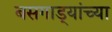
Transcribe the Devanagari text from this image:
बसगाड्यांच्या